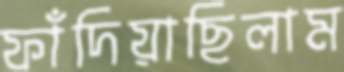
ফাঁদিয়াছিলাম